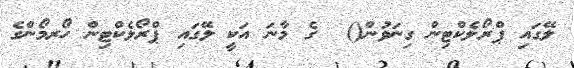
ލޭގައި ޕްރޯލެކްޓިން ގިނަވުން()  ގެ މާނަ އަކީ ލޭގައި ޕްރޯލެކްޓިން ހޯރމޯންގެ